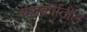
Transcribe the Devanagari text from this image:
चांद्रवर्षातील